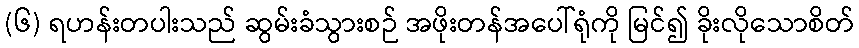
(၆) ရဟန်းတပါးသည် ဆွမ်းခံသွားစဉ် အဖိုးတန်အပေါ်ရုံကို မြင်၍ ခိုးလိုသောစိတ်